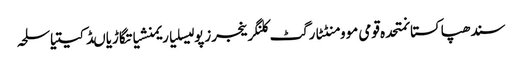
سندھپاکستانمتحدہ قومی موومنٹٹارگٹ کلنگرینجرزپولیسلیاریمنشیاتگاڑیاںڈکیتیاسلحہ